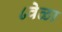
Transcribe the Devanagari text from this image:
८वेळा